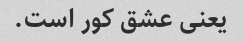
یعنی عشق کور است.